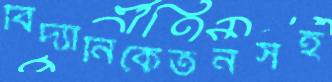
বিদ্যানিকেতনসহ